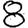
Digit: 8